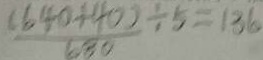
\frac { ( 6 4 0 + 4 0 ) } { 6 8 0 } \div 5 = 1 3 6